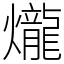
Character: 爖